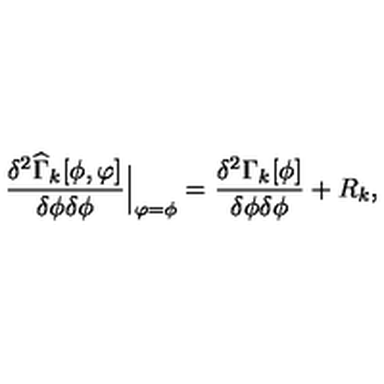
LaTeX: \frac { \delta ^ { 2 } \widehat { \Gamma } _ { k } [ \phi , \varphi ] } { \delta \phi \delta \phi } { \Big | } _ { \varphi = \phi } = \frac { \delta ^ { 2 } \Gamma _ { k } [ \phi ] } { \delta \phi \delta \phi } + R _ { k } ,